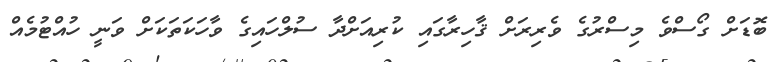
ބޮޑަށް ގޯސްވެ މިސްރުގެ ވެރިރަށް ޤާހިރާގައި ކުރިއަށްދާ ސުލްހައިގެ ވާހަކަތަކަށް ވަނީ ހުއްޓުމެއް